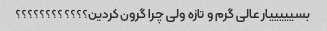
بسیییییار عالی گرم و تازه ولی چرا گرون کردین؟؟؟؟؟؟؟؟؟؟؟؟